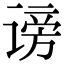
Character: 谤